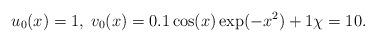
LaTeX: \begin{align*}u_0(x)=1,\; v_0(x)=0.1\cos(x)\exp(-x^2)+1\chi=10.\end{align*}